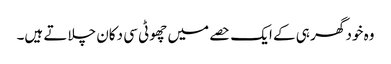
وہ خود گھر ہی کے ایک حصے میں چھوٹی سی دکان چلاتے ہیں۔